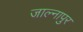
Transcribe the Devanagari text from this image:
जाल्नापुर